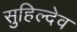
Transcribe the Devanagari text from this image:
सुहिल्देव